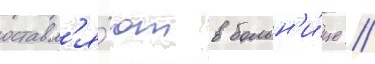
оставл'я́ют в больн'и́це //